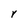
Character: r